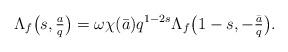
LaTeX: \begin{align*}{}\Lambda_f\bigl(s,\tfrac{a}{q}\bigr) = \omega\chi(\bar{a})q^{1-2s}\Lambda_f\bigl(1-s,-\tfrac{\bar{a}}{q}\bigr).\end{align*}